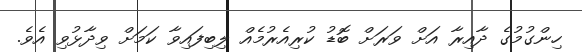
ހިންގުމުގެ ދާއިރާ އަށް ވަރަށް ބޮޑު ކުރިއެރުމެއް ލިބިފައިވާ ކަމަށް ވިދާޅުވި އެވެ.